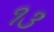
૧૩